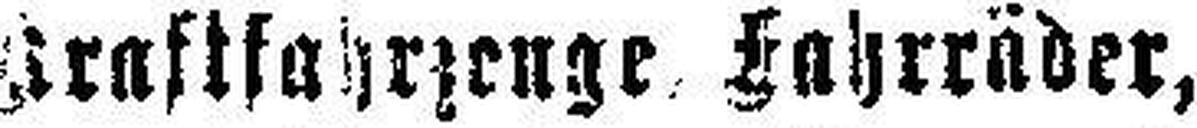
Kraftfahrzeuge Fahrräder,